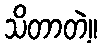
သိတာတဲ့။